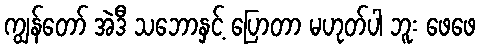
ကျွန်တော် အဲဒီ သဘောနှင့် ပြောတာ မဟုတ်ပါ ဘူး ဖေဖေ